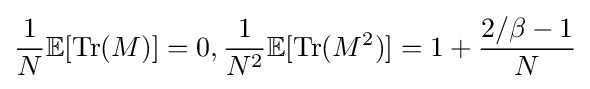
{\frac {1}{N}}\mathbb {E} [\operatorname {Tr} (M)]=0,{\frac {1}{N^{2}}}\mathbb {E} [\operatorname {Tr} (M^{2})]=1+{\frac {2/\beta -1}{N}}